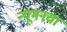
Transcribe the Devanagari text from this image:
न्यूमनचा